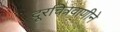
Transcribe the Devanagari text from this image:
दूरचित्रवाणीने